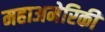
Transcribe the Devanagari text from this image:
महाअमेरिकी